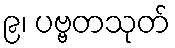
၉၊ ပဗ္ဗတသုတ်